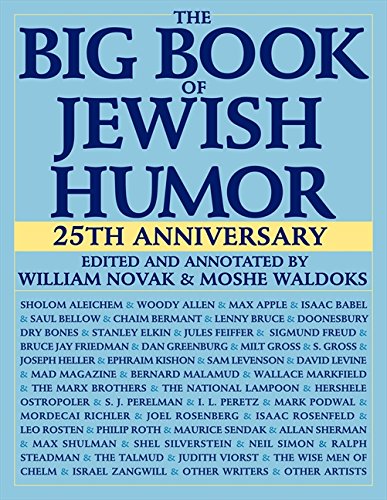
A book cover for The Big Book of Jewish Humor; William Novak; Humor & Entertainment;